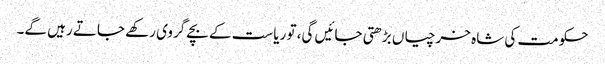
حکومت کی شاہ خرچیاں بڑھتی جائیں گی، تو ریاست کے بچے گروی رکھے جاتے رہیں گے۔